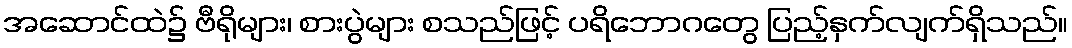
အဆောင်ထဲ၌ ဗီရိုများ၊ စားပွဲများ စသည်ဖြင့် ပရိဘောဂတွေ ပြည့်နှက်လျက်ရှိသည်။